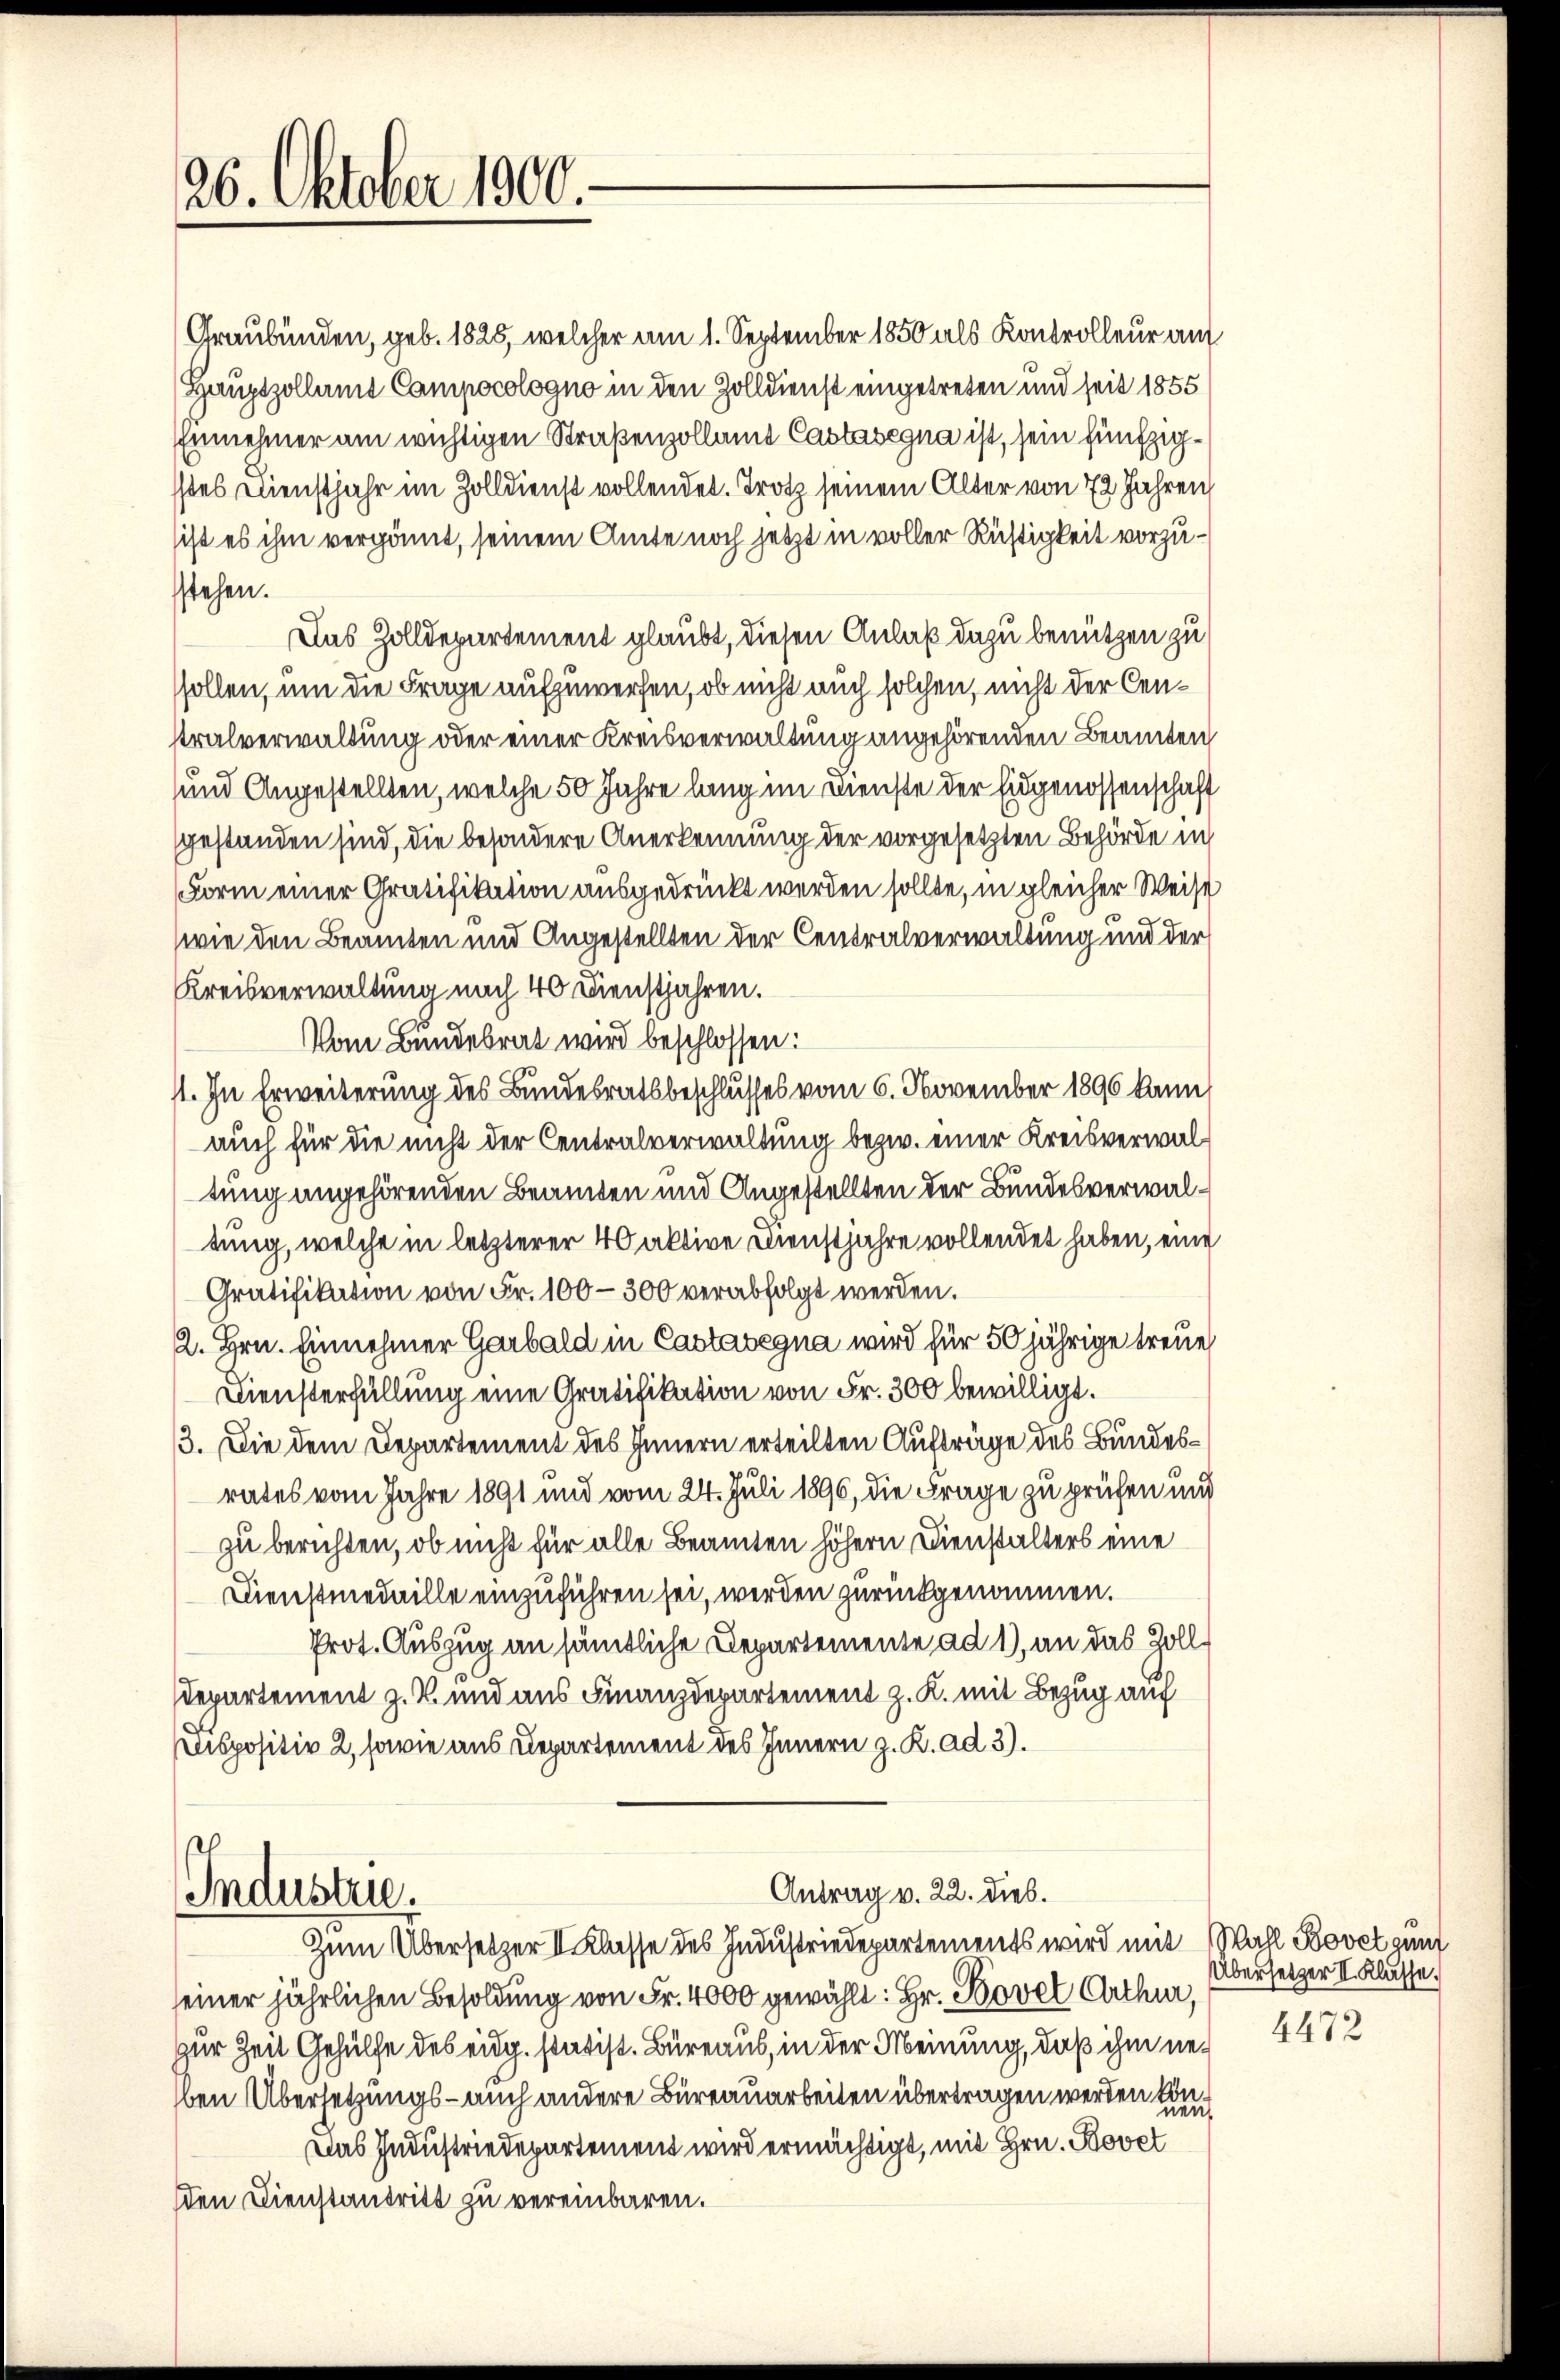
26. Oktober 1900.

Graubünden, geb. 1825, welcher am 1. September 1850 als Kontrolleur am
Hauptzollamt Campocologno in den Zolldienst eingetreten und seit 1855
Einnehmer am wichtigen Straßenzollamt Castasegna ist, sein fünfzigstes Dienstjahr im Zolldienst vollendet. Trotz seinem Alter von 72 Jahren
ist es ihm vergönnt, seinem Amte noch jetzt in voller Richtigkeit vorzustehen.
Das Zolldepartement glaubt, diesen Anlaß dazu benützen zu
sollen, um die Frage aufzuwerfen, ob nicht auch solchen, nicht der Cen¬
Pralverwaltung oder einer Kreisverwaltung angehörenden Beamten
und Angestellten, welche 50 Jahre lang im Dienste der Eidgenossenschaft
gestanden sind, die besondere Anerkennung der vorgesetzten Behörde in
Form einer Gratifikation ausgedrückt werden sollte, in gleicher Weise
wie den Beamten und Angestellten der Centralverwaltung und der
Kreisverwaltung nach 40 Dienstjahren.
Vom Bundesrat wird beschlossen:
11. In Erweiterung des Bundesratsbeschlusses vom 6. November 1896 kann,
auch für die nicht der Centralverwaltung bezw. einer Kreisverwaltung angehörenden Beamten und Angestellten der Bundesverwaltung, welche in letzterer 40 aktive Dienstjahre vollendet haben, eine
Gratifikation von Fr. 100–300 verabfolgt werden.
2. Hrn. Einnehmer Garbald in Castasegna wird für 50 jährige treue
Diensterfüllung eine Gratifikation von Fr. 300 bewilligt.
3. Die dem Departement des Innern erteilten Aufträge des Bundes¬
3
rates vom Jahre 1891 und vom 24. Juli 1896, die Frage zu prüfen und
zu berichten, ob nicht für alle Beamten höhern Dienstalters eine
Dienstmedaille einzuführen sei, werden zurückgenommen.
Prot. Auszug an sämtliche Departemente ad 1), an das Zoll¬
Departement z. B. und aus Finanzdepartement z. K. mit Bezug auf
ispositiv 2, sowie aus Departement des Innern z. R. ad 3).

Industrie.

seiner jährlichen Besoldung von Fr. 4000 gewählt: Hr. Bovet Arthur,
zur Zeit Gehülfe des eidg. statist. Büreaus, in der Meinung, daß ihm neben Übersetzungs- auch andere Büreauarbeiten übertragen werden und
Das Industriedepartement wird ermächtigt, mit Hrn. Bovet
den Dienstantritt zu vereinbaren.

Antrag v. 22. Dieb.
Zum Übersetzer II Klasse des Industriedepartements wird mit Wahl Bovet unt

Übersetzer II. Klasse.

4472